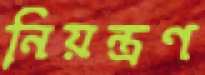
নিয়ন্ত্রণ